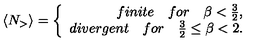
\langle N _ { > } \rangle = \left\{ \begin{array} { r l } { f i n i t e \quad f o r \quad \beta < \frac { 3 } { 2 } , } \\ { d i v e r g e n t \quad f o r \quad \frac { 3 } { 2 } \le \beta < 2 . } \\ \end{array} \right.